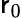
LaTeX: \mathsf{r}_{0}